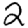
Digit: 2